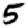
Digit: 5